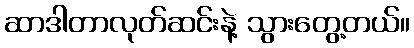
ဆာဒါတာလုတ်ဆင်းနဲ့ သွားတွေ့တယ်။